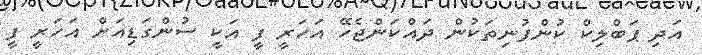
އަދި ޕަބްލިކް ކުންފުނިތަކުން ދައްކަންޖެހޭ އަހަރީ ފީ އަކީ ސުންގަޑިއަށް އަހަރީ ފީ